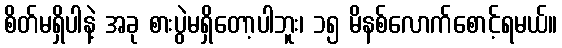
စိတ်မရှိပါနဲ့ အခု စားပွဲမရှိတော့ပါဘူး၊ ၁၅ မိနစ်လောက်စောင့်ရမယ်။